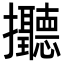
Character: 𢺭